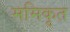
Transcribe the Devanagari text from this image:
ममिकृत